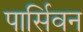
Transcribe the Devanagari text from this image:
पार्सिवन